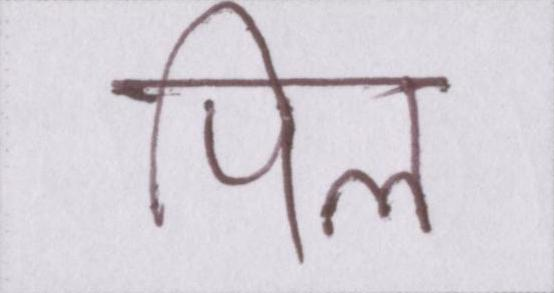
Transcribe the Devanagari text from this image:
पिल